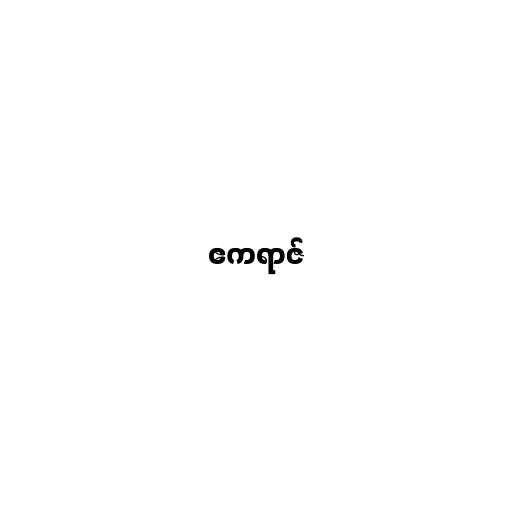
ဧကရာဇ်